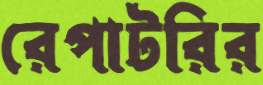
রেপাটরির